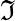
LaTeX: \Im